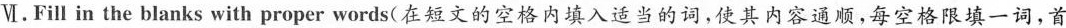
Ⅵ.Fill in the blanks with proper words(在短文的空格内填入适当的词，使其内容通顺,每空格限填一词，首